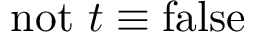
\mathrm { n o t } ~ t \equiv \mathrm { f a l s e }